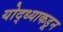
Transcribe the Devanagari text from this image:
योद्ध्याकडून